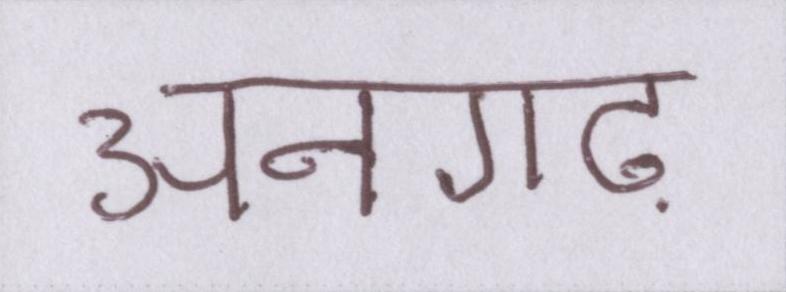
अनगढ़